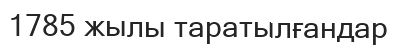
1785 жылы таратылғандар